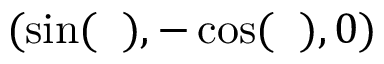
( \sin ( { \it \Delta \phi } ) , - \cos ( { \it \Delta \phi } ) , 0 )